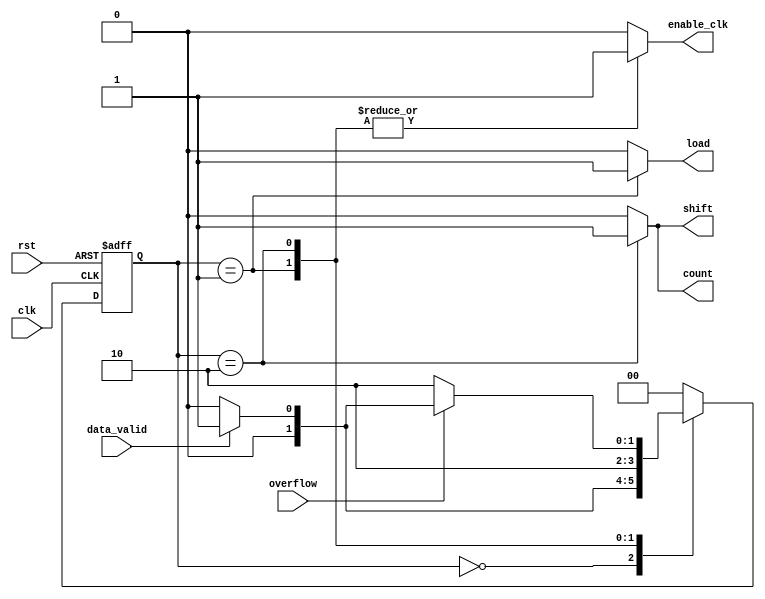
module control_unit (
    output  reg    enable_clk,
    output  reg    shift,
    output  reg    load,
    output  reg    count,

    input   wire    clk,
    input   wire    rst,
    input   wire    data_valid,
    input   wire    overflow
);

    reg     [1:0]   current_state,
                    next_state;
    
    localparam [1:0]    IDLE    =   2'b00,
                        LOAD    =   2'b01,
                        TRANS   =   2'b10;
    
    //state transition
    always @(posedge clk or negedge rst) 
        begin
            if(!rst)
                begin
                    current_state <= IDLE;
                end
            else
                begin
                    current_state <= next_state;
                end
        end

    //output logic
    always @(*) 
        begin
            case(current_state)
                IDLE:
                    begin
                        enable_clk =    1'b0;
                        shift      =    1'b0;
                        load       =    1'b0;
                        count      =    1'b0;
                    end
                LOAD:
                    begin
                        enable_clk =    1'b1;
                        shift      =    1'b0;
                        load       =    1'b1;
                        count      =    1'b0;
                    end

                TRANS:
                    begin
                        enable_clk =    1'b1;
                        shift      =    1'b1;
                        load       =    1'b0;
                        count      =    1'b1;
                    end 

                default:
                    begin
                        enable_clk =    1'b0;
                        shift      =    1'b0;
                        load       =    1'b0;
                        count      =    1'b0;
                    end
            endcase
        end

    //next state logic
    always @(*) 
        begin
            case(current_state)
                IDLE:
                    begin
                        if(!data_valid)
                            begin
                                next_state = IDLE;
                            end
                        else
                            begin
                                next_state = LOAD;
                            end
                    end
                LOAD:
                    begin
                        next_state <= TRANS;
                    end

                TRANS:
                    begin
                        if(!overflow)
                            begin
                                next_state = TRANS;
                            end
                        else if (data_valid)
                            begin
                                next_state = LOAD;
                            end
                        else
                            begin
                                next_state = IDLE;
                            end
                    end 
                default:
                    begin
                        next_state = IDLE;
                    end
            endcase
        end
endmodule